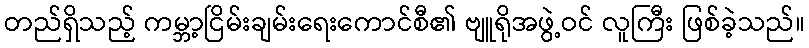
တည်ရှိသည့် ကမ္ဘာ့ငြိမ်းချမ်းရေးကောင်စီ၏ ဗျူရိုအဖွဲ့ဝင် လူကြီး ဖြစ်ခဲ့သည်။